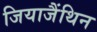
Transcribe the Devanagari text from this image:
जियाजैंथिन